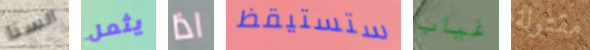
ألسنا يثمل اذا ستستيقظ غياب مقتولة